Problem: 2 × 8 = ?
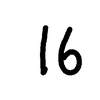
Handwritten answer: 16